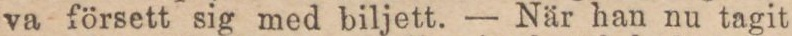
va försett sig med biljett. — När han nu tagit